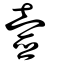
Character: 壼